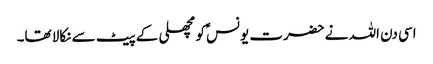
اسی دن اللہ نے حضرت یونسؑ کو مچھلی کے پیٹ سے نکالا تھا۔